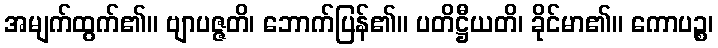
အမျက်ထွက်၏။ ဗျာပဇ္ဇတိ၊ ဘောက်ပြန်၏။ ပတိဋ္ဌီယတိ၊ ခိုင်မာ၏။ ကောပဉ္စ၊